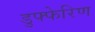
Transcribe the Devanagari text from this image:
डुफ्फेरिण